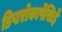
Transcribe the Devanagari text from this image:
डिप्टरोकार्पेसिई